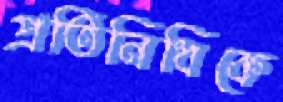
প্রতিনিধিকে